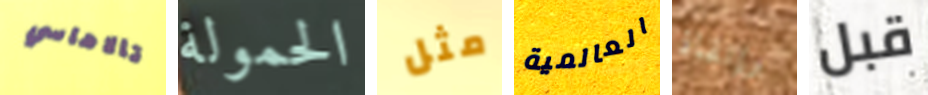
تالاهاسي الحمولة مثل العالمية وإنقاذ قبل